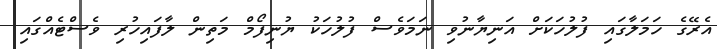
އެރޭގެ ހަމަލާގައި ފުލުހަކަށް އަނިޔާނުވި ނަމަވެސް ފުލުހަކު ޔުނިފޯމް މަތިން ލާފައިހުރި ވެސްޓެއްގައި